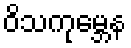
ဝိသကုမ္ဘေန